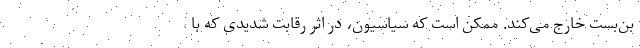
بن‌بست خارج می‌کند. ممکن است که سیاسیون، در اثر رقابت شدیدی که با